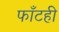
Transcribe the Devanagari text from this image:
फाँटही